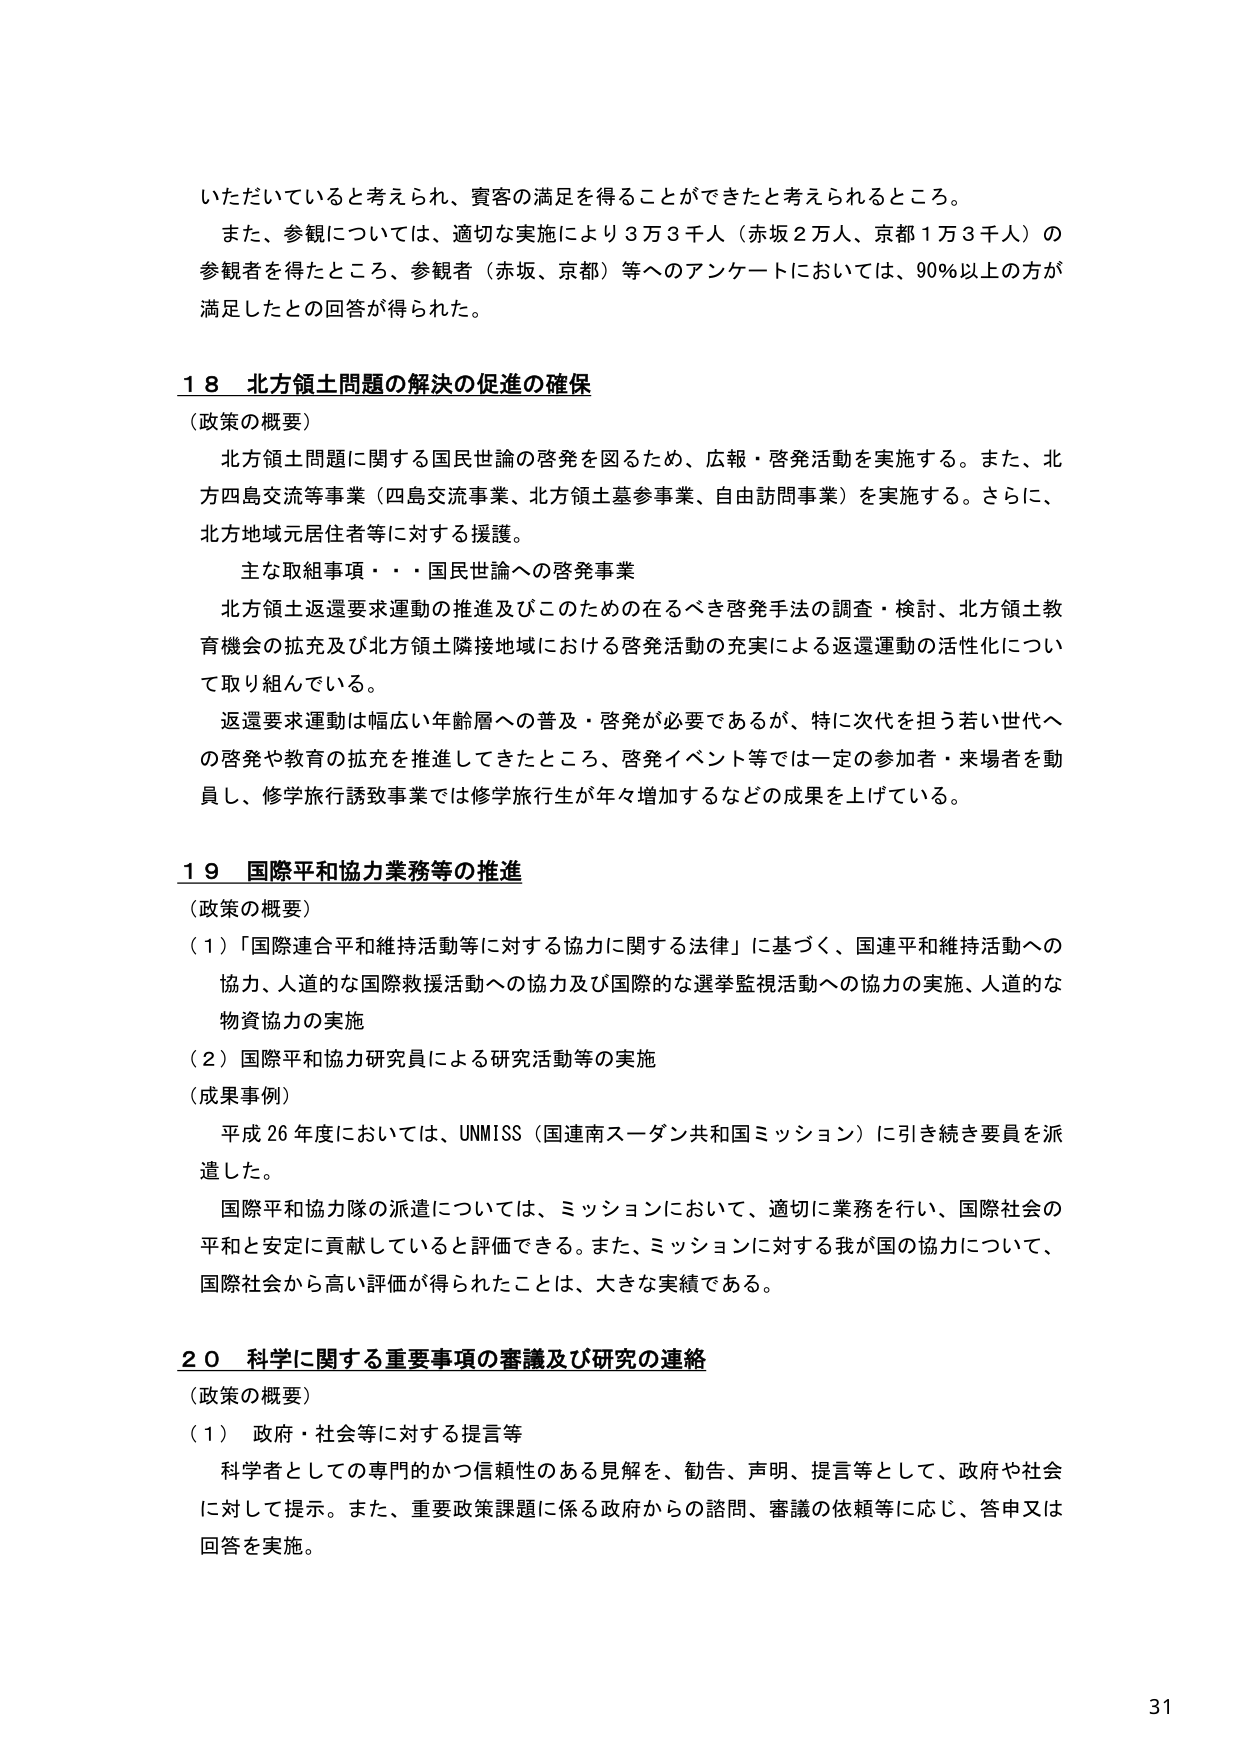
いただいていると考えられ、賓客の満足を得ることができたと考えられるところ。

また、参観については、適切な実施により３万３千人（赤坂２万人、京都１万３千人）の参観者を得たところ、参観者（赤坂、京都）等へのアンケートにおいては、90％以上の方が満足したとの回答が得られた。

１８ 北方領土問題の解決の促進の確保
（政策の概要）
北方領土問題に関する国民世論の啓発を図るため、広報・啓発活動を実施する。また、北方四島交流等事業（四島交流事業、北方領土墓参事業、自由訪問事業）を実施する。さらに、北方地域元居住者等に対する援護。

主な取組事項・・・国民世論への啓発事業
北方領土返還要求運動の推進及びこのための在るべき啓発手法の調査・検討、北方領土教育機会の拡充及び北方領土隣接地域における啓発活動の充実による返還運動の活性化について取り組んでいる。

返還要求運動は幅広い年齢層への普及・啓発が必要であるが、特に次代を担う若い世代への啓発や教育の拡充を推進してきたところ、啓発イベント等では一定の参加者・来場者を動員し、修学旅行誘致事業では修学旅行生が年々増加するなどの成果を上げている。

１９ 国際平和協力業務等の推進
（政策の概要）
（１）「国際連合平和維持活動等に対する協力に関する法律」に基づく、国連平和維持活動への協力、人道的な国際救援活動への協力及び国際的な選挙監視活動への協力の実施、人道的な物資協力の実施
（２）国際平和協力研究員による研究活動等の実施
（成果事例）
平成26年度においては、UNMISS（国連南スーダン共和国ミッション）に引き続き要員を派遣した。
国際平和協力隊の派遣については、ミッションにおいて、適切に業務を行い、国際社会の平和と安定に貢献していると評価できる。また、ミッションに対する我が国の協力について、国際社会から高い評価が得られたことは、大きな実績である。

２０ 科学に関する重要事項の審議及び研究の連絡
（政策の概要）
（１）政府・社会等に対する提言等
科学者としての専門的かつ信頼性のある見解を、勧告、声明、提言等として、政府や社会に対して提示。また、重要政策課題に係る政府からの諮問、審議の依頼等に応じ、答申又は回答を実施。

31